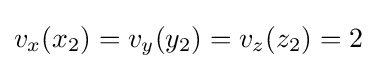
v_{x}(x_{2})=v_{y}(y_{2})=v_{z}(z_{2})=2